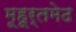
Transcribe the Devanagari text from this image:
मूहूर्तमेढ